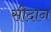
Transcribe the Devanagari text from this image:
सीदान